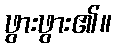
ဖွားဖွား၏။